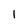
Character: 1